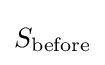
S_{\text{before}}